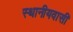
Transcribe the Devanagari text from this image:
स्थानीयवासी